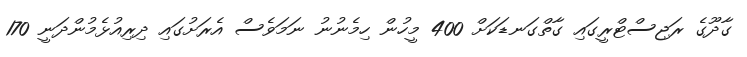
ގާދޫގެ ރަޖިސްޓްރީގައި ގާތްގަނޑަކަށް 400 މީހުން ހިމެނުނު ނަމަވެސް އެރަށުގައި ދިރިއުޅެމުންދަނީ 170